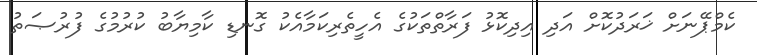
ކެމްޕޭނަށް ޚަރަދުކޮށް އަދި އިދިކޮޅު ފަރާތްތަކުގެ އެހީތެރިކަމާއެކު ގޮނޑި ކާމިޔާބު ކުރުމުގެ ފުރުޞަތު